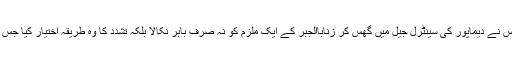
واقعہ اُس مشتعل ہجوم کا ہے جس نے دیماپور کی سینٹرل جیل میں گھس کر زناباالجبر کے ایک ملزم کو نہ صرف باہر نکالا بلکہ تشدد کا وہ طریقہ اختیار کیا جس کے نتیجہ میں ملزم ہلاک ہوگیا۔